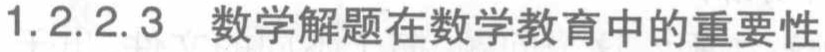
1.2.2.3 数学解题在数学教育中的重要性